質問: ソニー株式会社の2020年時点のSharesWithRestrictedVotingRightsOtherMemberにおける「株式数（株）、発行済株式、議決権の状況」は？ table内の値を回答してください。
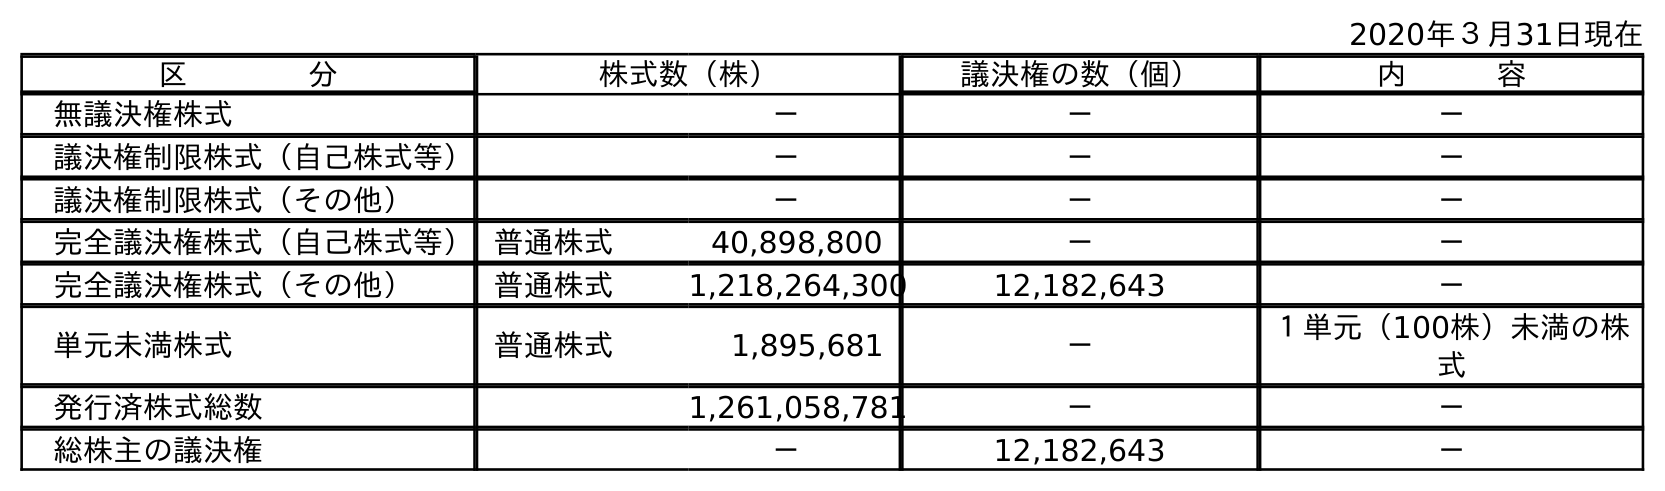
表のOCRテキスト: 2020年３月31日現在 区    分 株式数（株） 議決権の数（個） 内   容 無議決権株式 － － － 議決権制限株式（自己株式等） － － － 議決権制限株式（その他） － － － 完全議決権株式（自己株式等）普通株式 40,898,800 － － 完全議決権株式（その他） 普通株式 1,218,264,300 12,182,643 － 単元未満株式 普通株式 1,895,681 － １単元（100株）未満の株 式 発行済株式総数 1,261,058,781 － － 総株主の議決権 － 12,182,643 －
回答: －